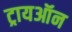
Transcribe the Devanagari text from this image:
ट्रायऑन